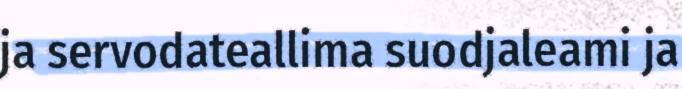
ja servodateallima suodjaleami ja